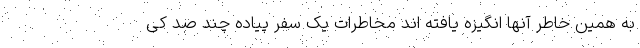
به همین خاطر آنها انگیزه یافته اند مخاطرات یک سفر پیاده چند صد کی